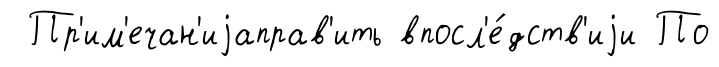
Пр'им'ечан'иjаправ'ить впосл'е́дств'иjи По